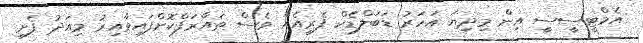
އެމްޓީސީސީ އިން މިދިޔަ އަހަރު ޑަބަލްޑެކް ފެރީއެއް ވެސް ތައާރަފްކޮށްފައިވާއިރު މިއަދު ފެށި